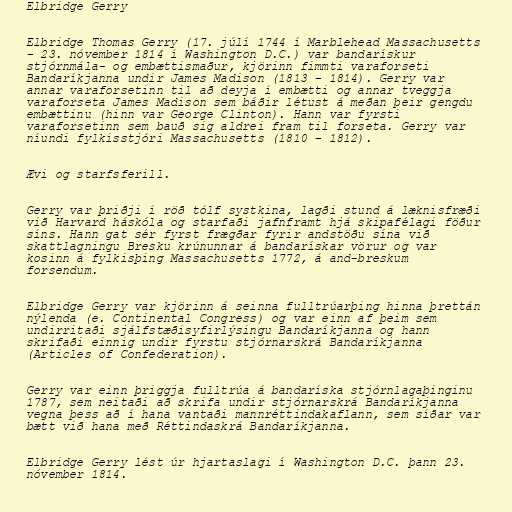
Elbridge Gerry

Elbridge Thomas Gerry (17. júlí 1744 í Marblehead Massachusetts
– 23. nóvember 1814 í Washington D.C.) var bandarískur
stjórnmála- og embættismaður, kjörinn fimmti varaforseti
Bandaríkjanna undir James Madison (1813 – 1814). Gerry var
annar varaforsetinn til að deyja í embætti og annar tveggja
varaforseta James Madison sem báðir létust á meðan þeir gengdu
embættinu (hinn var George Clinton). Hann var fyrsti
varaforsetinn sem bauð sig aldrei fram til forseta. Gerry var
níundi fylkisstjóri Massachusetts (1810 – 1812).

Ævi og starfsferill.

Gerry var þriðji í röð tólf systkina, lagði stund á læknisfræði
við Harvard háskóla og starfaði jafnframt hjá skipafélagi föður
síns. Hann gat sér fyrst frægðar fyrir andstöðu sína við
skattlagningu Bresku krúnunnar á bandarískar vörur og var
kosinn á fylkisþing Massachusetts 1772, á and-breskum
forsendum.

Elbridge Gerry var kjörinn á seinna fulltrúarþing hinna þrettán
nýlenda (e. Continental Congress) og var einn af þeim sem
undirritaði sjálfstæðisyfirlýsingu Bandaríkjanna og hann
skrifaði einnig undir fyrstu stjórnarskrá Bandaríkjanna
(Articles of Confederation).

Gerry var einn þriggja fulltrúa á bandaríska stjórnlagaþinginu
1787, sem neitaði að skrifa undir stjórnarskrá Bandaríkjanna
vegna þess að í hana vantaði mannréttindakaflann, sem síðar var
bætt við hana með Réttindaskrá Bandaríkjanna.

Elbridge Gerry lést úr hjartaslagi í Washington D.C. þann 23.
nóvember 1814.